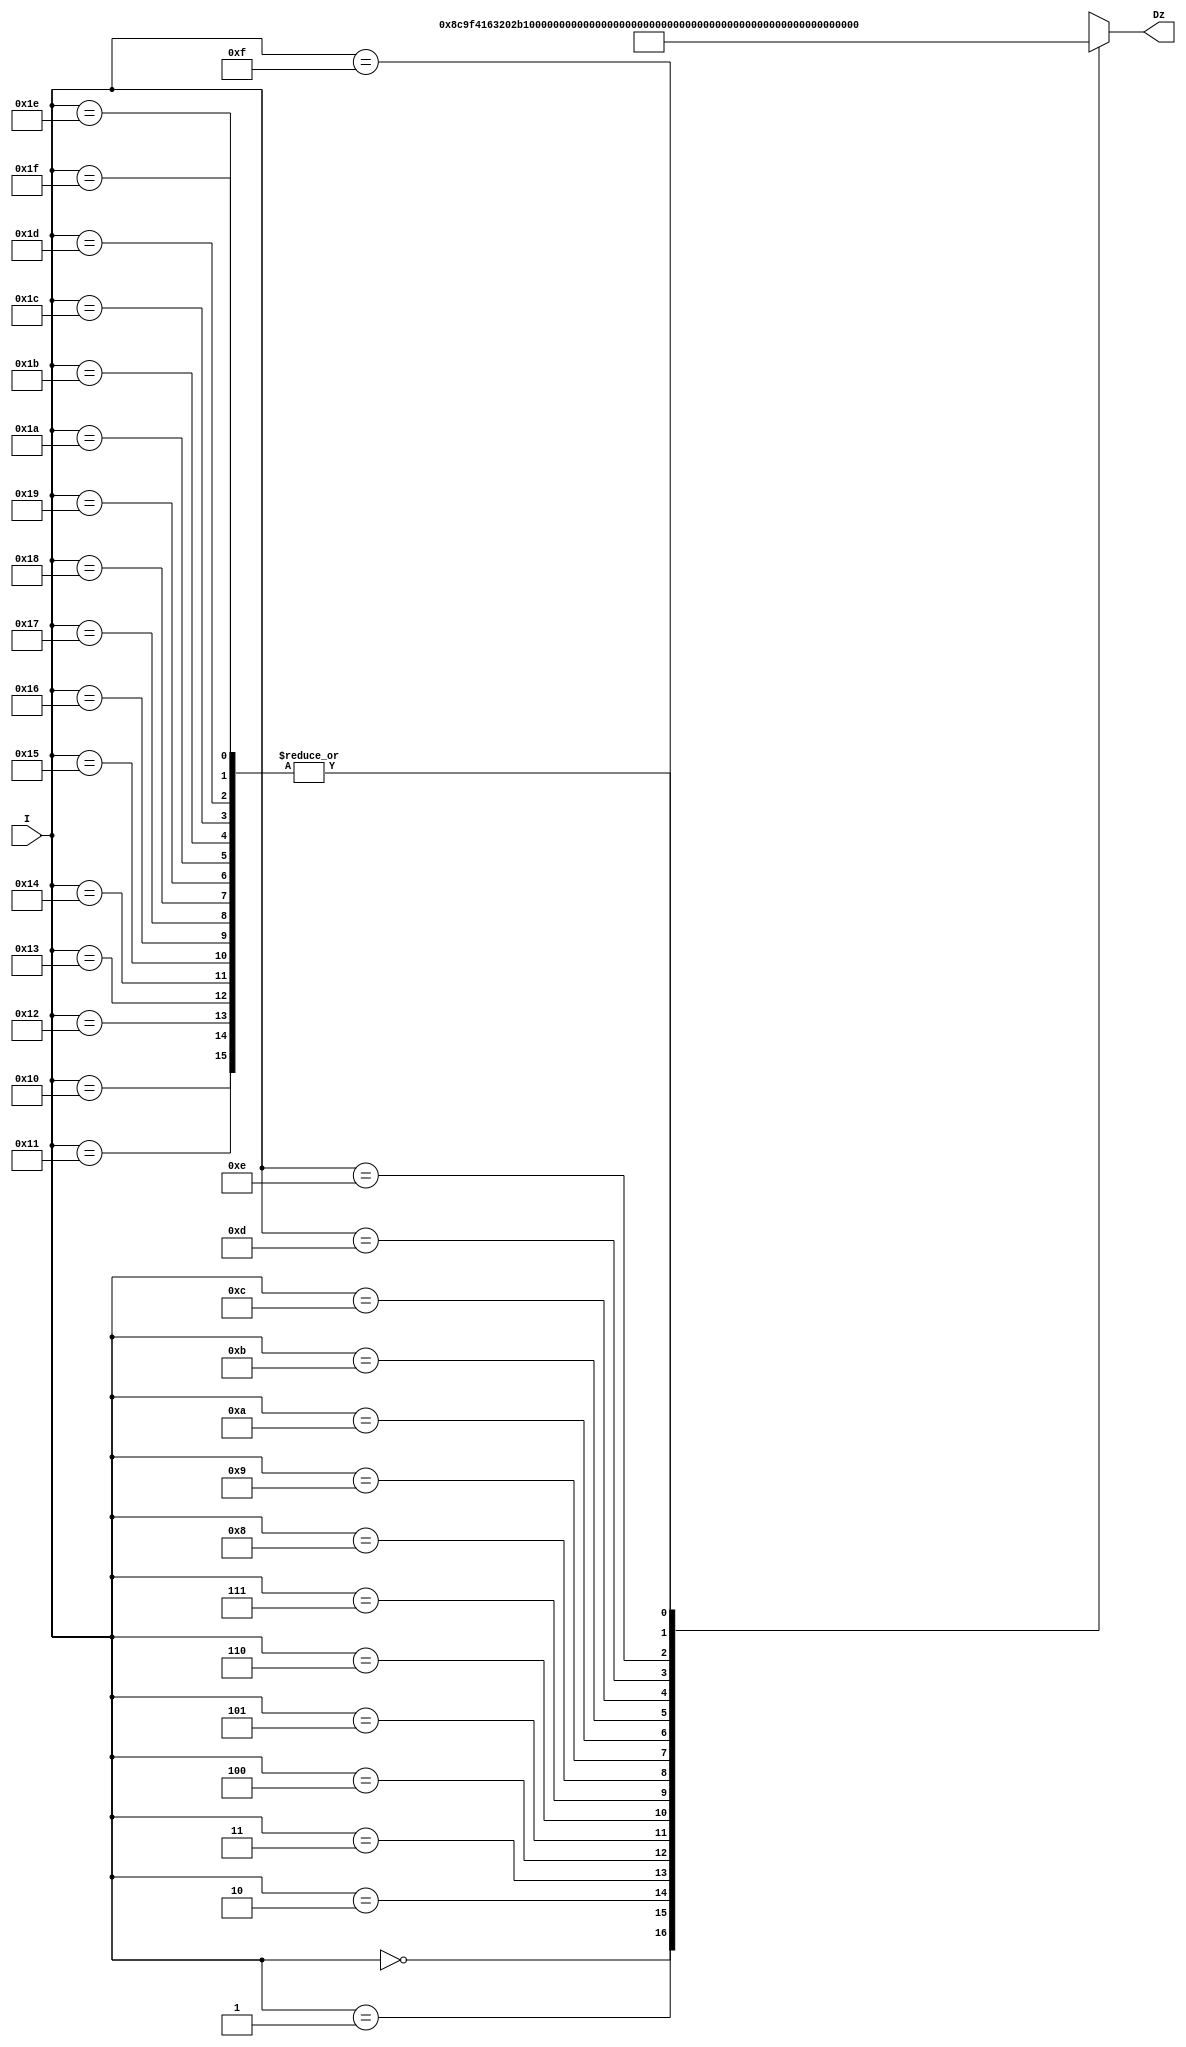
/****************************************
______________                ______________
______________ \  /\  /|\  /| ______________
______________  \/  \/ | \/ | ______________
--Module Name:  hyperbola_LUT.v
--Project Name: general-cordic-rotation
--Data modified: 2015-10-20 11:29:59 +0800
--author:Young-
--E-mail: wmy367@Gmail.com
****************************************/
`timescale 1ns/1ps
module hyperbola_LUT #(
	parameter	DSIZE	= 16
)(
	input [4:0]			I	,
	output[DSIZE-1:0]	Dz	
);

localparam [DSIZE-1:0]	
	  Z00		=     0.549306144334055 * (2**DSIZE),  
      Z01		=     0.255412811882995 * (2**DSIZE),
      Z02		=     0.125657214140453 * (2**DSIZE),
      Z03		=     0.062581571477003 * (2**DSIZE),
      Z04		=     0.031260178490667 * (2**DSIZE),
      Z05		=     0.015626271752052 * (2**DSIZE),
      Z06		=     0.007812658951540 * (2**DSIZE),
      Z07		=     0.003906269868397 * (2**DSIZE),
      Z08		=     0.001953127483533 * (2**DSIZE),
      Z09		=     0.000976562810441 * (2**DSIZE),
      Z10		=     0.000488281288805 * (2**DSIZE),
      Z11		=     0.000244140629851 * (2**DSIZE),
      Z12		=     0.000122070313106 * (2**DSIZE),
      Z13		=     0.000061035156326 * (2**DSIZE),
      Z14		=     0.000030517578134 * (2**DSIZE),
      Z15		=     0.000015258789064 * (2**DSIZE),
      Z16		=     0.000007629394531 * (2**DSIZE),
      Z17		=     0.000003814697266 * (2**DSIZE),
      Z18		=     0.000001907348633 * (2**DSIZE),
      Z19		=     0.000000953674316 * (2**DSIZE),
      Z20		=     0.000000476837158 * (2**DSIZE),
      Z21		=     0.000000238418579 * (2**DSIZE),
      Z22		=     0.000000119209290 * (2**DSIZE),
      Z23		=     0.000000059604645 * (2**DSIZE),
      Z24		=     0.000000029802322 * (2**DSIZE),
      Z25		=     0.000000014901161 * (2**DSIZE),
      Z26		=     0.000000007450581 * (2**DSIZE),
      Z27		=     0.000000003725290 * (2**DSIZE),
      Z28		=     0.000000001862645 * (2**DSIZE),
      Z29		=     0.000000000931323 * (2**DSIZE),
      Z30		=     0.000000000465661 * (2**DSIZE),
      Z31		=     0.000000000232831 * (2**DSIZE);

wire [DSIZE-1:0]	D [31:0];
assign	D[00]	= Z00	;
assign	D[01]	= Z01	;
assign	D[02]	= Z02	;
assign	D[03]	= Z03	;
assign	D[04]	= Z04	;
assign	D[05]	= Z05	;
assign	D[06]	= Z06	;
assign	D[07]	= Z07	;
assign	D[08]	= Z08	;
assign	D[09]	= Z09	;
assign	D[10]	= Z10	;
assign	D[11]	= Z11	;
assign	D[12]	= Z12	;
assign	D[13]	= Z13	;
assign	D[14]	= Z14	;
assign	D[15]	= Z15	;
assign	D[16]	= Z16	;
assign	D[17]	= Z17	;
assign	D[18]	= Z18	;
assign	D[19]	= Z19	;
assign	D[20]	= Z20	;
assign	D[21]	= Z21	;
assign	D[22]	= Z22	;
assign	D[23]	= Z23	;
assign	D[24]	= Z24	;
assign	D[25]	= Z25	;
assign	D[26]	= Z26	;
assign	D[27]	= Z27	;
assign	D[28]	= Z28	;
assign	D[29]	= Z29	;
assign	D[30]	= Z30	;
assign	D[31]	= Z31	; 

assign	Dz	= D[I];

endmodule